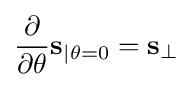
{\frac {\partial }{\partial \theta }}\mathbf {s} _{\mid \theta =0}=\mathbf {s} _{\perp }